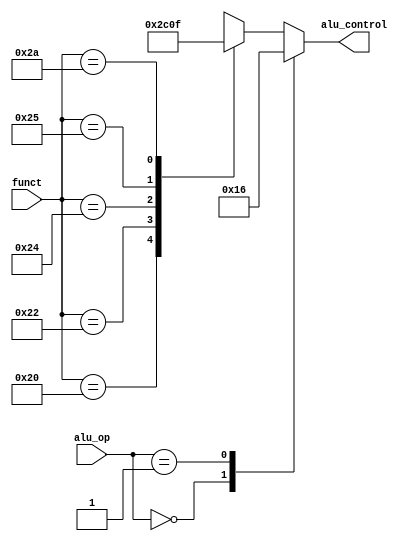
module alu_dec(
    input wire [5:0] funct,
    input wire [1:0] alu_op,
    output reg [2:0] alu_control
);

always @(*)begin
case(alu_op)
2'b00: alu_control <= 3'b010; // add (for lw/sw/addi)
2'b01: alu_control <= 3'b110; // sub (for beq)
default: case(funct) // R-type instructions
6'b100000: alu_control <= 3'b010; // add
6'b100010: alu_control <= 3'b110; // sub
6'b100100: alu_control <= 3'b000; // and
6'b100101: alu_control <= 3'b001; // or
6'b101010: alu_control <= 3'b111; // slt
default: alu_control <= 3'bxxx; // ???
endcase
endcase
end
endmodule